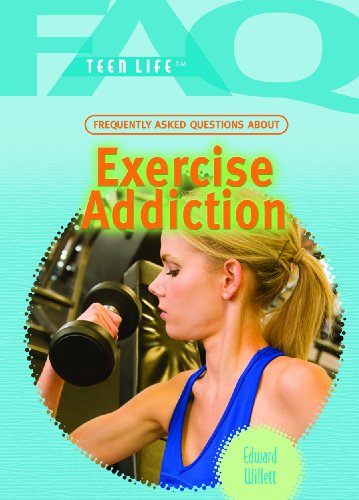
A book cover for Frequently Asked Questions About Exercise Addiction (Faq: Teen Life); Edward Willett; Teen & Young Adult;